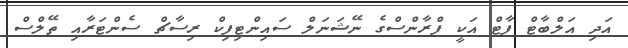
އަދި އަލްބާޓް ފާޓް އަކީ ފްރާންސްގެ ނޭޝަނަލް ސައިންޓިފިކް ރިސާޗް ސެންޓަރާއި ތޭލްސް